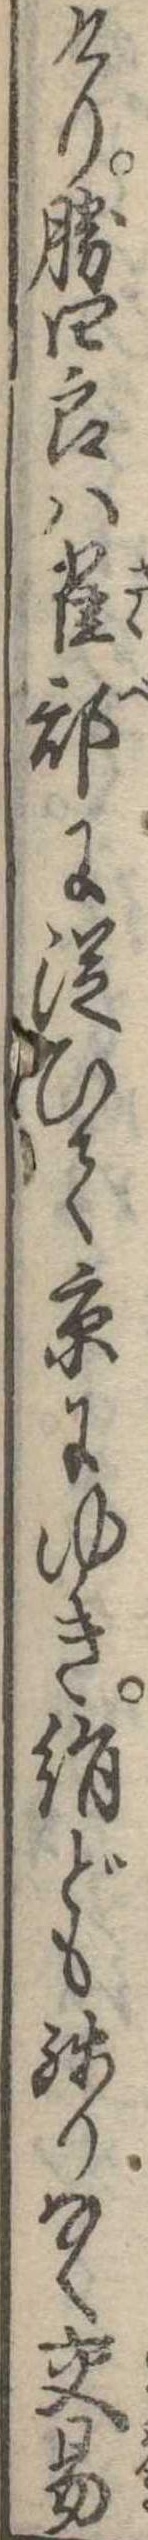
けり勝四郎は雀部に従ひて京にゆき絹ども残りなく交易